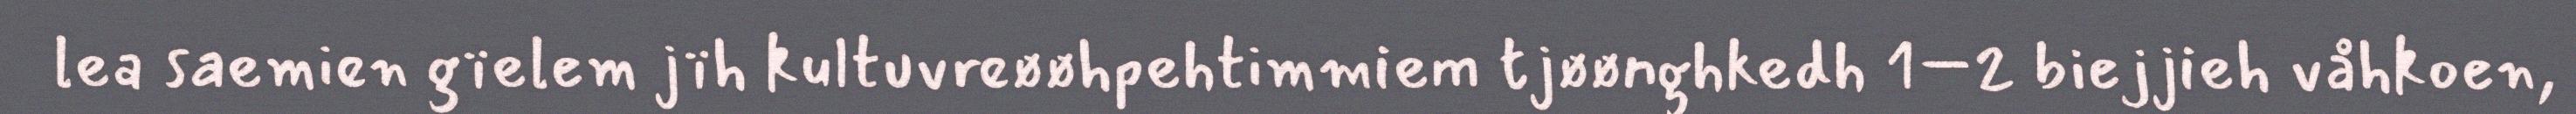
lea saemien gïelem jïh kultuvreøøhpehtimmiem tjøønghkedh 1–2 biejjieh våhkoen,